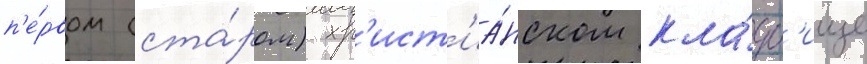
п'е́рвом (ста́ром) хр'ист'иа́нском кла́дб'ище